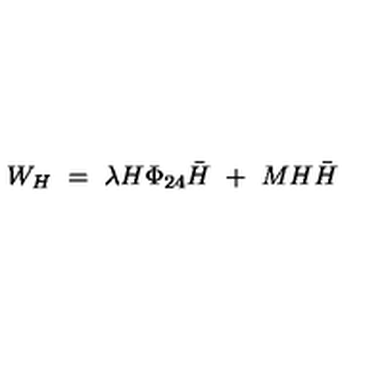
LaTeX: W _ { H } \ = \ \lambda H \Phi _ { 2 4 } { \bar { H } } \ + \ M H { \bar { H } }